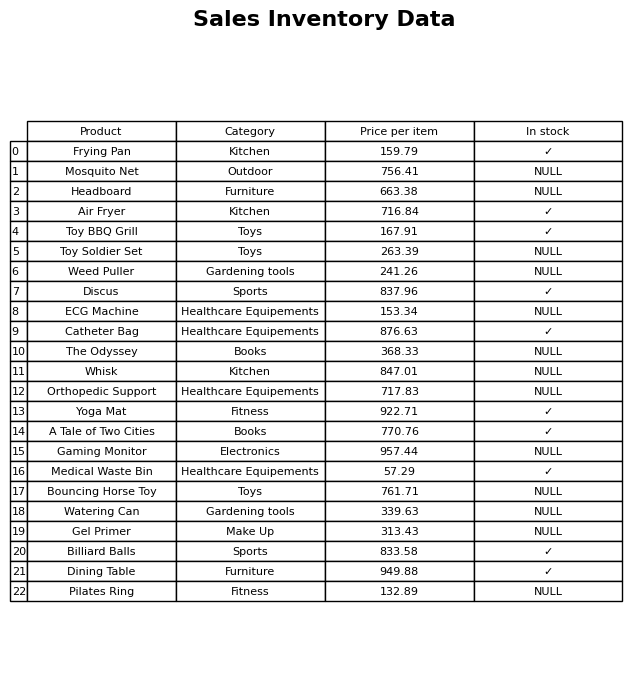
question: Is the Frying Pan in stock?
answer: ✓